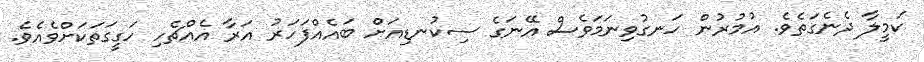
ކަމީލާ ދެނެގަތެވެ. އުމުރުން ހަނގުވިނަމަވެސް އޭނަގެ ސިކުނޑިއަށް ބައެއްފަހަރު އަރާ އެއްޗެހި ހަގީގަތަކަށްވެއެވެ.